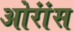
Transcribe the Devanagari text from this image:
ओरांंस